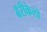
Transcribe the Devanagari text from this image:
बॅरीकेलो